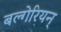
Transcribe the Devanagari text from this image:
बल्गेरियन्